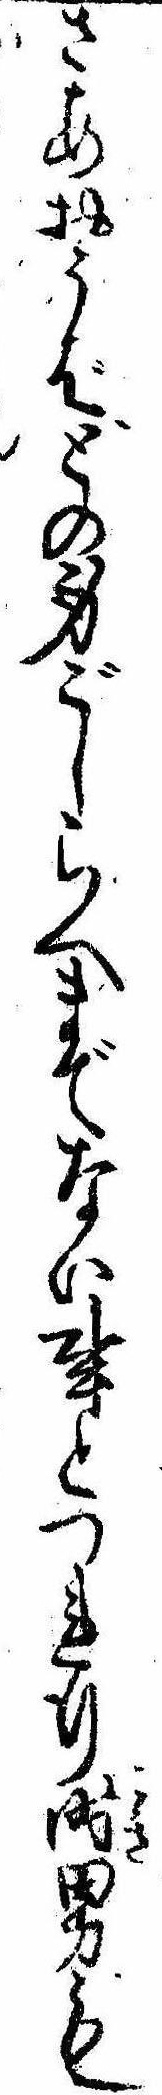
さあおうばどの身ごしらへまでない事とつれ行時男も